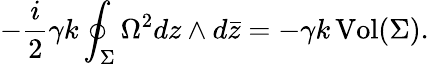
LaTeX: -\frac{i}{2}\gamma k\oint_{\Sigma}\Omega^{2}dz\wedge d\bar{z}=-\gamma k\, \mathrm{Vol}(\Sigma).